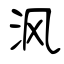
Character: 沨